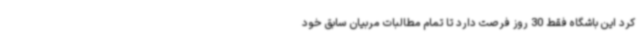
کرد این باشگاه فقط 30 روز فرصت دارد تا تمام مطالبات مربیان سابق خود